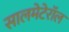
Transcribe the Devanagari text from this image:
सालमेटेरॉल